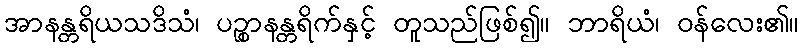
အာနန္တရိယသဒိသံ၊ ပဉ္စာနန္တရိက်နှင့် တူသည်ဖြစ်၍။ ဘာရိယံ၊ ဝန်လေး၏။